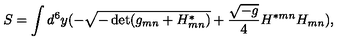
S = \int d ^ { 6 } y ( - \sqrt { - \det ( g _ { m n } + { H } _ { m n } ^ { * } ) } + { \frac { \sqrt { - g } } { 4 } } H ^ { * m n } H _ { m n } ) ,